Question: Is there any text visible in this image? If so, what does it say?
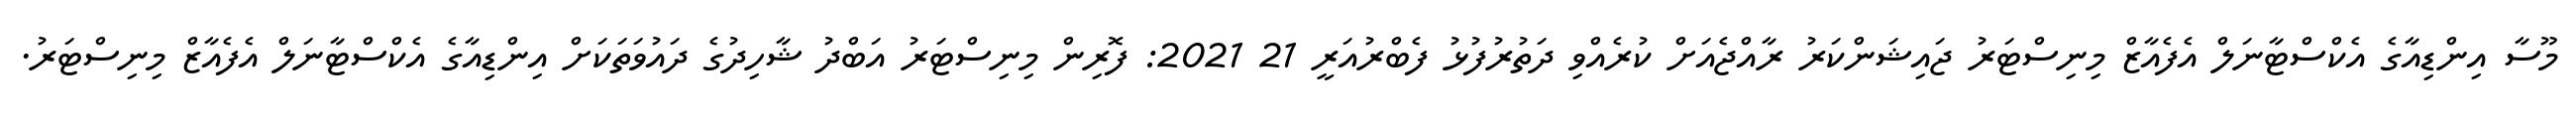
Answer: މޫސާ އިންޑިއާގެ އެކްސްޓާނަލް އެފެއާޒް މިނިސްޓަރު ޖައިޝަންކަރު ރާއްޖެއަށް ކުރެއްވި ދަތުރުފުޅު ފެބްރުއަރީ 21 2021: ފޮރިން މިނިސްޓަރު އަބްދު ޝާހިދުގެ ދައުވަތަކަށް އިންޑިއާގެ އެކްސްޓާނަލް އެފެއާޒް މިނިސްޓަރު.